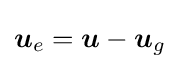
{\boldsymbol {u}}_{e}={\boldsymbol {u}}-{\boldsymbol {u}}_{g}